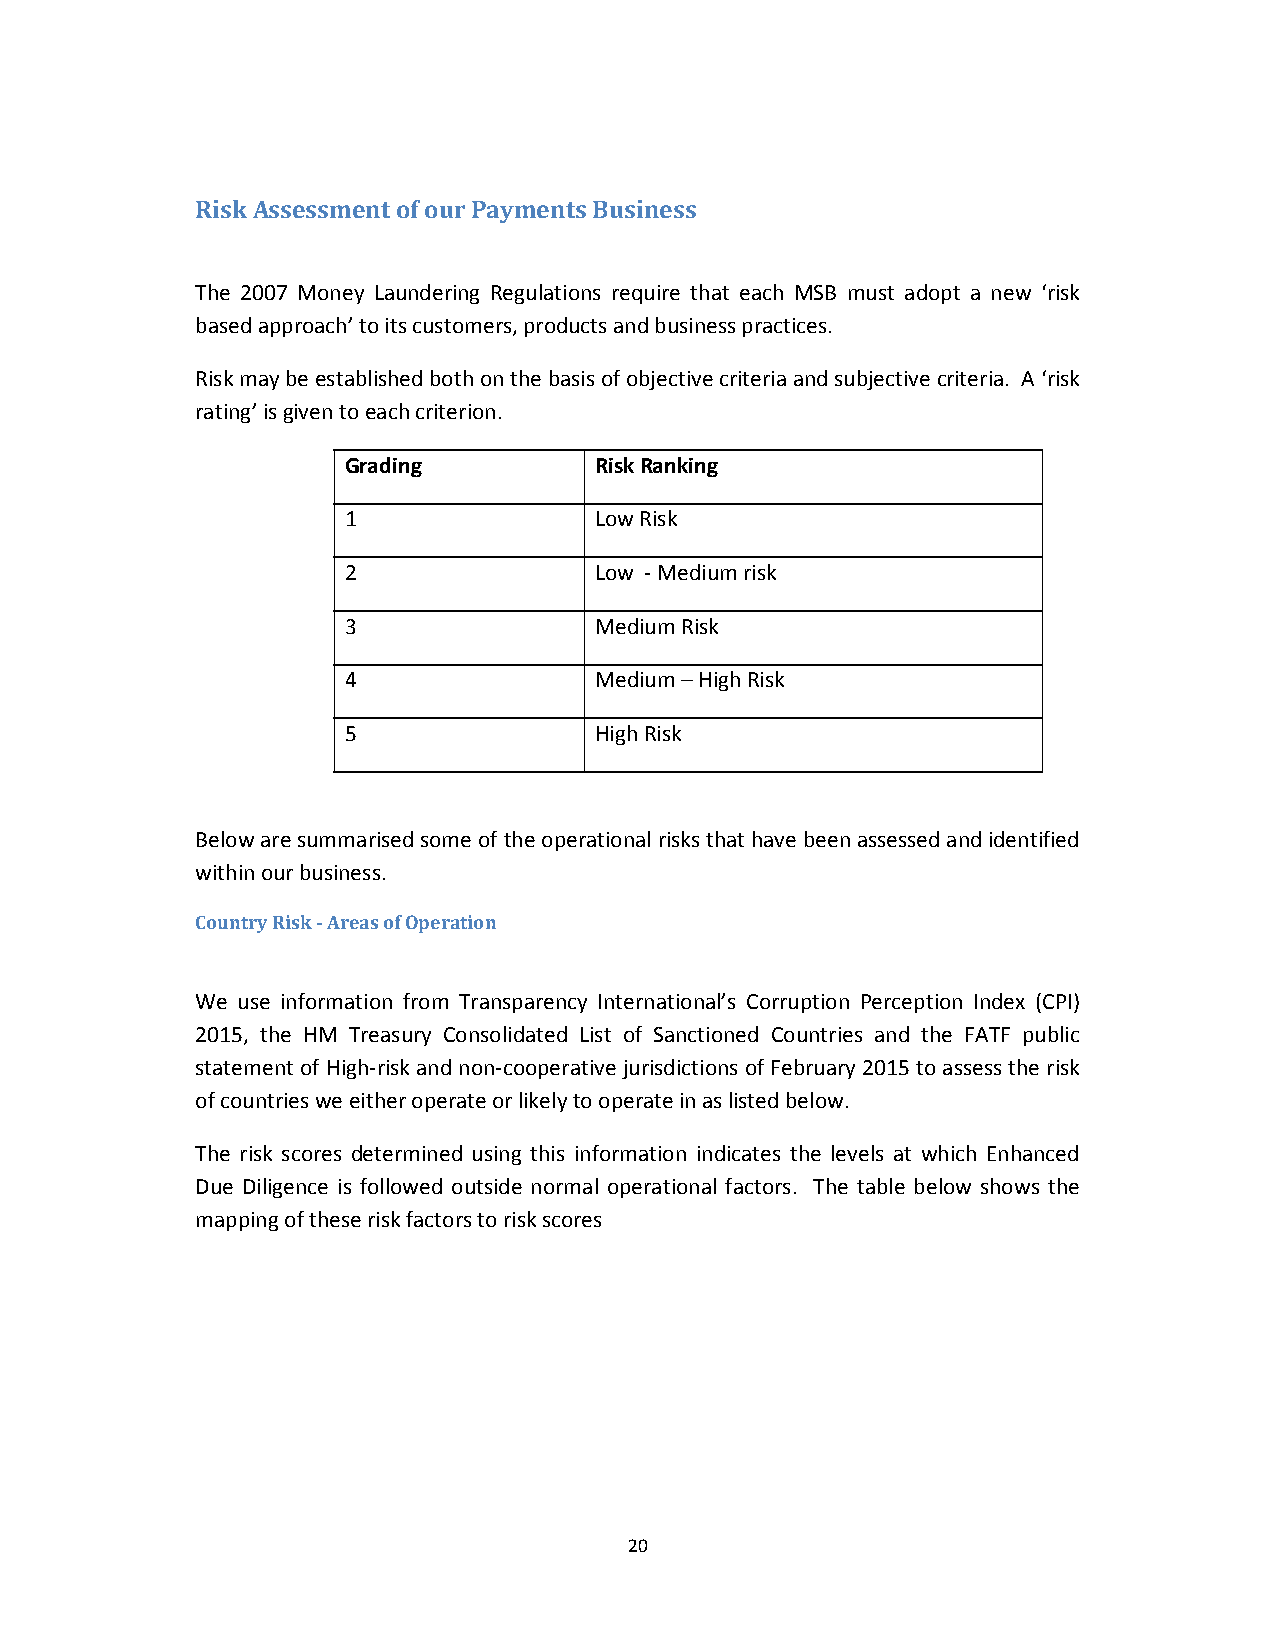
Risk Assessment of our Payments Business
 The 2007 Money Laundering Regulations require that each MSB must adopt a new ‘risk
 based approach’ to its customers, products and business practices.
 Risk may be established both on the basis of objective criteria and subjective criteria. A ‘risk
 rating’ is given to each criterion.
 Grading         Risk Ranking
 1               Low Risk
 2               Low ‐Medium risk
 3               Medium Risk
 4               Medium –High Risk
 5               High Risk
 Below are summarised some of the operational risks that have been assessed and identified
 within our business.
 Country Risk ‐ Areas of Operation
 We use information from Transparency International’s Corruption Perception Index (CPI)
 2015, the HM Treasury Consolidated List of Sanctioned Countries and the FATF public
 statement of High‐risk and non‐cooperative jurisdictions of February 2015 to assess the risk
 of countries we either operate or likely to operate in as listed below.
 The risk scores determined using this information indicates the levels at which Enhanced
 Due Diligence is followed outside normal operational factors. The table below shows the
 mapping of these risk factors to risk scores
 20